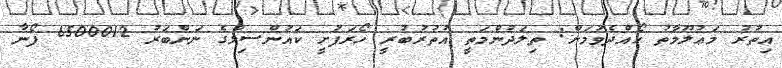
އިތުރު މަޢުލޫމާތު ހޯއްދެވުމަށް: ތިލަދުންމަތީ އުތުރުބުރީ ހޯރަފުށީ ކައުންސިލްގެ ނަންބަރު 6500012 ފޯނާ